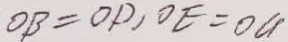
O B = O P , O E = O G